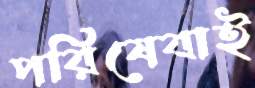
পরিষেবাই